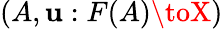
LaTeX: (A,\mathbf{u}:F(A)\toX)